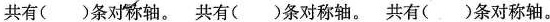
共有()条对称轴。共有()条对称轴。共有()条对称轴。